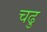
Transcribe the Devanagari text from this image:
चढु